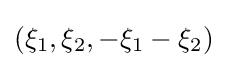
(\xi _{1},\xi _{2},-\xi _{1}-\xi _{2})